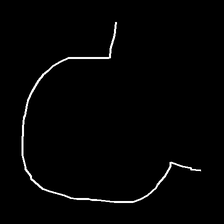
Glyph: weave